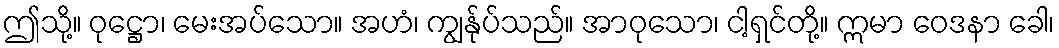
ဤသို့။ ဝုဋ္ဌော၊ မေးအပ်သော။ အဟံ၊ ကျွန်ုပ်သည်။ အာဝုသော၊ ငါ့ရှင်တို့။ ဣမာ ဝေဒနာ ခေါ၊